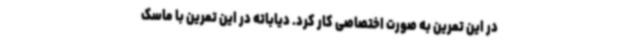
در این تمرین به صورت اختصاصی کار کرد. دیاباته در این تمرین با ماسک